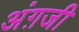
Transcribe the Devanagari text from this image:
अंग़जी